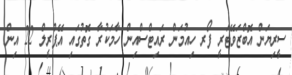
ސީރިޔަން އޮބްޒަވޭޓަރީ ފޯރ ހިއުމަން ރައިޓްސްއިން ހާމަކުރާ ގޮތުގައި އޭޕްރީލް 22 އިން